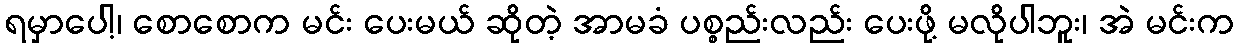
ရမှာပေါ့၊ စောစောက မင်း ပေးမယ် ဆိုတဲ့ အာမခံ ပစ္စည်းလည်း ပေးဖို့ မလိုပါဘူး၊ အဲ မင်းက